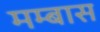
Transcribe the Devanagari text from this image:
मम्बास